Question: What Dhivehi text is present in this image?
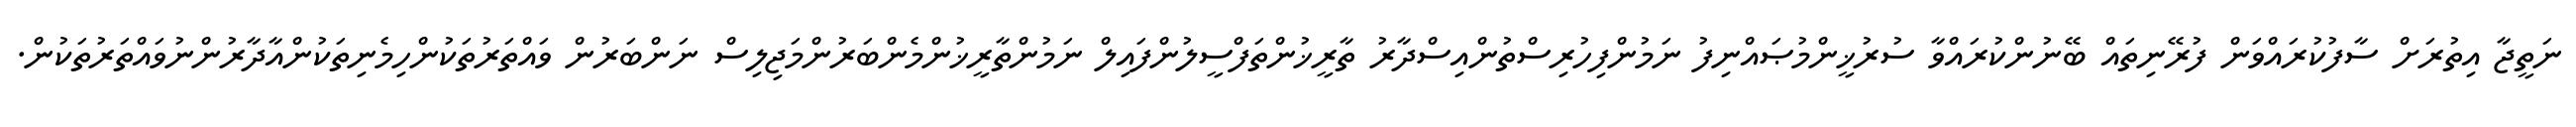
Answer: ނަތީޖާ އިތުރަށް ސާފުކުރައްވަން ފުރޭނިތައް ބޭނުންކުރައްވާ ސުރުޚީންމުޞައްނިފު ނަމުންފިހުރިސްތުންއިސްދާރު ތާރީޚުންތަފްސީލުންފައިލް ނަމުންތާރީޚުންމެންބަރުންމަޖިލިސް ނަންބަރުން ވައްތަރުތަކުންހިމެނިތަކުންއާދާރުންނުވައްތަރުތަކުން.